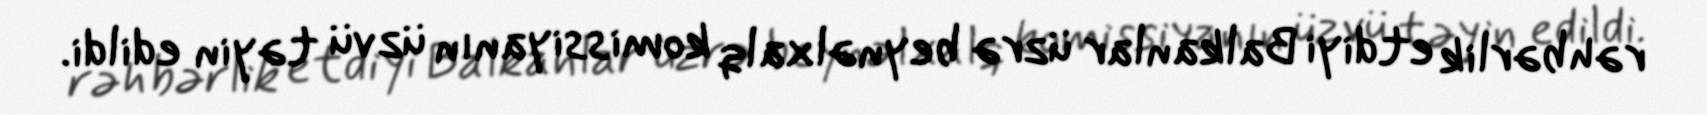
rəhbərlik etdiyi Balkanlar üzrə beynəlxalq komissiyanın üzvü təyin edildi.